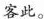
客此。